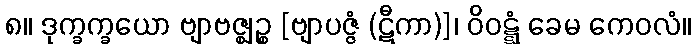
၈။ ဒုက္ခက္ခယော ဗျာဗဇ္ဈဉ္စ [ဗျာပဇ္ဇံ (ဋီကာ)]၊ ဝိဝဋ္ဋံ ခေမ ကေဝလံ။